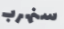
سنهرب